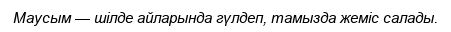
Маусым — шілде айларында гүлдеп, тамызда жеміс салады.